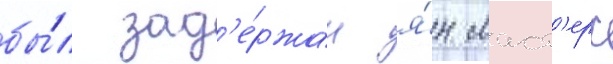
бы́л зад'е́ржан я́н маст'ерс